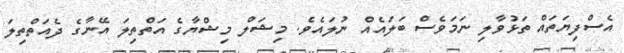
އެސްފިޔަތައް ތަޅުވާލި ނަމަވެސް ބަލައެއް ނުލައެވެ. މިޝަލް މިޝްޔާގެ އަތްތިލަ އޭނާގެ ދެއަތްތިލަ